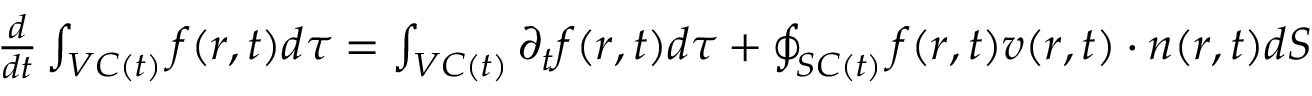
\begin{array} { r } { \frac { d } { d t } \int _ { V C ( t ) } f ( r , t ) d \tau = \int _ { V C ( t ) } \partial _ { t } f ( r , t ) d \tau + \oint _ { S C ( t ) } f ( r , t ) v ( r , t ) \cdot n ( r , t ) d S } \end{array}